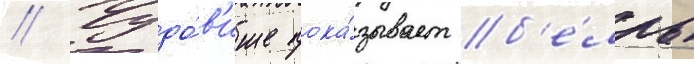
// Чудо́в'ище пока́зывает б'е́лль